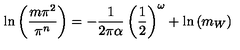
\ln \left( \frac { m \pi ^ { 2 } } { \pi ^ { n } } \right) = - \frac { 1 } { 2 \pi \alpha } \left( \frac { 1 } { 2 } \right) ^ { \omega } + \ln \left( m _ { W } \right)